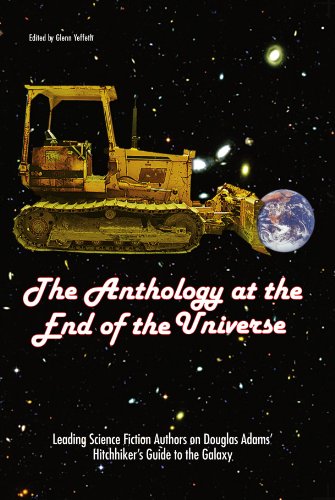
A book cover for The Anthology At The End Of The Universe: Leading Science Fiction Authors On Douglas Adams' The Hitchhiker's Guide To The Galaxy (Smart Pop series); Science Fiction & Fantasy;